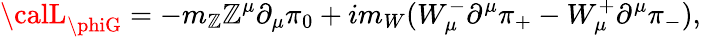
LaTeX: {\calL}_{\phiG}=-m_{\mathbb{Z}}\mathbb{Z}^{\mu}\partial_{\mu}\pi_{0}+im_{W}(W_{\mu}^{-}\partial^{\mu}\pi_{+}-W_{\mu}^{+}\partial^{\mu}\pi_{-}),